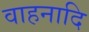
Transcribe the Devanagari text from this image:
वाहनादि